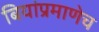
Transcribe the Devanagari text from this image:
बियांप्रमाणेच